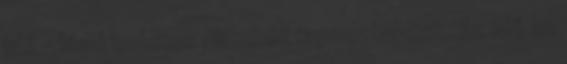
idő - lásd tudatos álombéli tapasztalatok. Az idő az